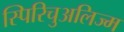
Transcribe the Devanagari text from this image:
स्पिरिचुअलिज्म